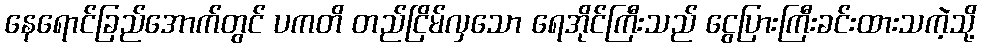
နေရောင်ခြည်အောက်တွင် ပကတိ တည်ငြိမ်လှသော ရေအိုင်ကြီးသည် ငွေပြားကြီးခင်းထားသကဲ့သို့